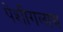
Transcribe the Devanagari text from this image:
पेशीगलाद्य